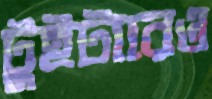
টুইটারেও